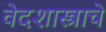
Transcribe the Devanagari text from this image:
वेदशास्त्राचे